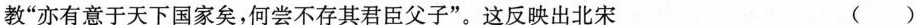
教”亦有意于天下国家矣，何尝不存其君臣父子”。这反映出北宋 ( )